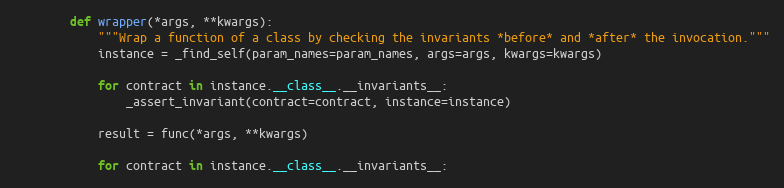
Language: Python
        def wrapper(*args, **kwargs):
            """Wrap a function of a class by checking the invariants *before* and *after* the invocation."""
            instance = _find_self(param_names=param_names, args=args, kwargs=kwargs)

            for contract in instance.__class__.__invariants__:
                _assert_invariant(contract=contract, instance=instance)

            result = func(*args, **kwargs)

            for contract in instance.__class__.__invariants__: